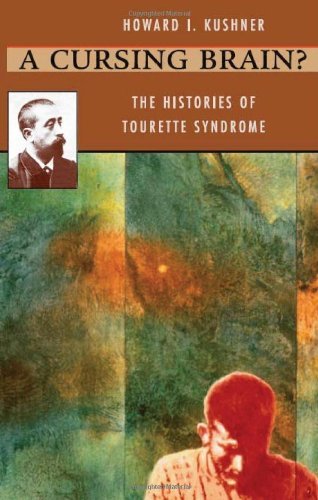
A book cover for A Cursing Brain? The Histories of Tourette Syndrome [Paperback] [2000] (Author) Howard I. Kushner; Health, Fitness & Dieting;